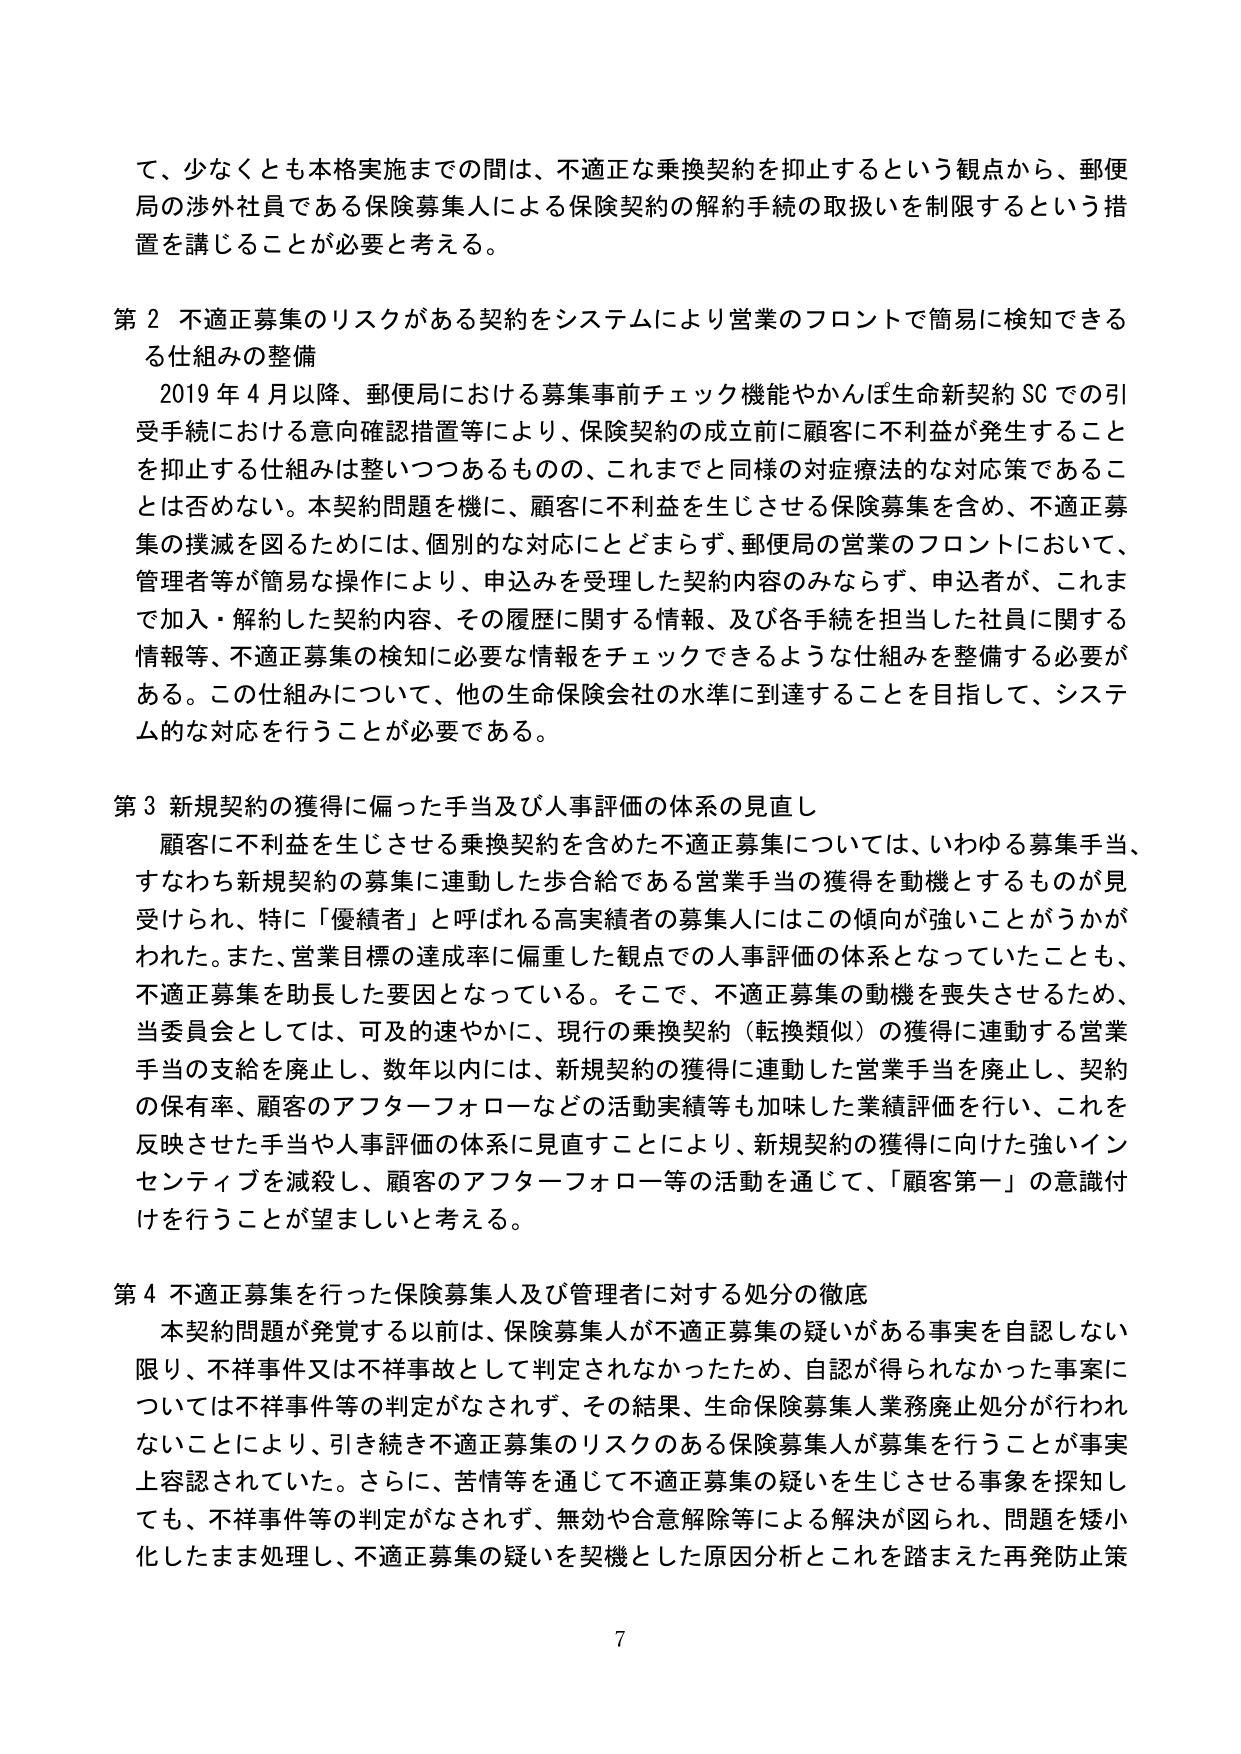
て、少なくとも本格実施までの間は、不適正な乗換契約を抑止するという観点から、郵便局の渉外社員である保険募集人による保険契約の解約手続の取扱いを制限するという措置を講じることが必要と考える。

第２ 不適正募集のリスクがある契約をシステムにより営業のフロントで簡易に検知できる仕組みの整備
　2019年4月以降、郵便局における募集事前チェック機能やかんぽ生命新契約SCでの引受手続における意向確認措置等により、保険契約の成立前に顧客に不利益が発生することを抑止する仕組みは整いつつあるものの、これまでと同様の対症療法的な対応策であることは否めない。本契約問題を機に、顧客に不利益を生じさせる保険募集を含め、不適正募集の撲滅を図るためには、個別的な対応にとどまらず、郵便局の営業のフロントにおいて、管理者等が簡易な操作により、申込みを受理した契約内容のみならず、申込者が、これまで加入・解約した契約内容、その履歴に関する情報、及び各手続を担当した社員に関する情報等、不適正募集の検知に必要な情報をチェックできるような仕組みを整備する必要がある。この仕組みについて、他の生命保険会社の水準に到達することを目指して、システム的な対応を行うことが必要である。

第３ 新規契約の獲得に偏った手当及び人事評価の体系の見直し
　顧客に不利益を生じさせる乗換契約を含めた不適正募集については、いわゆる募集手当、すなわち新規契約の募集に連動した歩合給である営業手当の獲得を動機とするものが見受けられ、特に「優績者」と呼ばれる高実績者の募集人にはこの傾向が強いことがうかがわれた。また、営業目標の達成率に偏重した観点での人事評価の体系となっていたことも、不適正募集を助長した要因となっている。そこで、不適正募集の動機を喪失させるため、当委員会としては、可及的速やかに、現行の乗換契約（転換類似）の獲得に連動する営業手当の支給を廃止し、数年以内には、新規契約の獲得に連動した営業手当を廃止し、契約の保有率、顧客のアフターフォローなどの活動実績等も加味した業績評価を行い、これを反映させた手当や人事評価の体系に見直すことにより、新規契約の獲得に向けた強いインセンティブを減殺し、顧客のアフターフォロー等の活動を通じて、「顧客第一」の意識付けを行うことが望ましいと考える。

第４ 不適正募集を行った保険募集人及び管理者に対する処分の徹底
　本契約問題が発覚する以前は、保険募集人が不適正募集の疑いがある事実を自認しない限り、不祥事件又は不祥事故として判定されなかったため、自認が得られなかった事案については不祥事件等の判定がなされず、その結果、生命保険募集人業務廃止処分が行われないことにより、引き続き不適正募集のリスクのある保険募集人が募集を行うことが事実上容認されていた。さらに、苦情等を通じて不適正募集の疑いを生じさせる事象を探知しても、不祥事件等の判定がなされず、無効や合意解除等による解決が図られ、問題を矮小化したまま処理し、不適正募集の疑いを契機とした原因分析とこれを踏まえた再発防止策

7